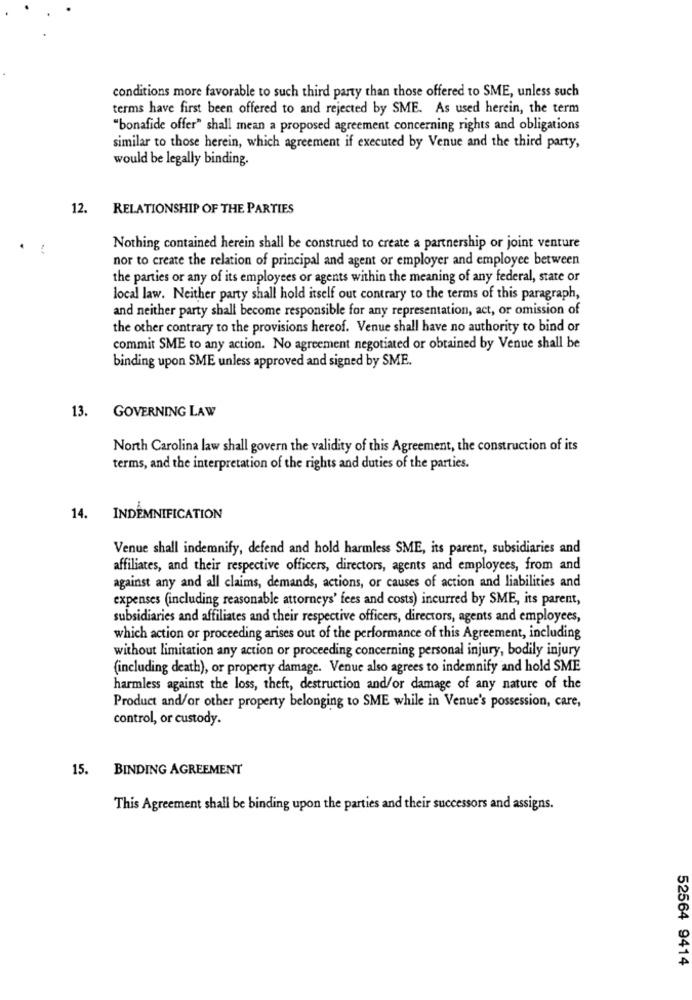
conditions more favorable to such third party than those offered to SME, unless such
terms have first been offered to and rejected by SME. As used herein, the term
"bonafide offer" shall mean a proposed agreement concerning rights and obligations
similar to those herein, which agreement if executed by Venue and the third party,
would be legally binding.
12.
RELATIONSHIP OF THE PARTIES
Nothing contained herein shall be construed to create a partnership or joint venture
nor to create the relation of principal and agent or employer and employee between
the parties or any of its employees or agents within the meaning of any federal, state or
local law. Neither party shall hold itself out contrary to the terms of this paragraph,
and neither party shall become responsible for any representation, act, or omission of
the other contrary to the provisions hereof. Venue shall have no authority to bind or
commit SME to any action. No agreement negotiated or obtained by Venue shall be
binding upon SME unless approved and signed by SME.
13. GOVERNING LAW
North Carolina law shall govern the validity of this Agreement, the construction of its
terms, and the interpretation of the rights and duties of the parties.
14.
INDEMNIFICATION
Venue shall indemnify, defend and hold harmless SME, its parent, subsidiaries and
affiliates, and their respective officers, directors, agents and employees, from and
against any and all claims, demands, actions, or causes of action and liabilities and
expenses (including reasonable attorneys' fees and costs) incurred by SME, its parent,
subsidiaries and affiliates and their respective officers, directors, agents and employees,
which action or proceeding arises out of the performance of this Agreement, including
without limitation any action or proceeding concerning personal injury, bodily injury
(including death), or property damage. Venue also agrees to indemnify and hold SME
harmless against the loss, theft, destruction and/or damage of any nature of the
Product and/or other property belonging to SME while in Venue's possession, care,
control, or custody.
15.
BINDING AGREEMENT
This Agreement shall be binding upon the parties and their successors and assigns.
52564 9414